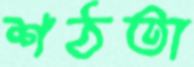
শঠতা